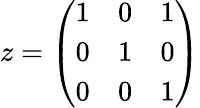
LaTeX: z={\left(\begin{array}{lll}{1}&{0}&{1}\\ {0}&{1}&{0}\\ {0}&{0}&{1}\end{array}\right)}